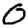
Digit: 0